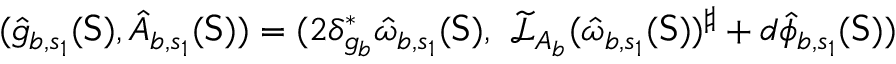
( \hat { g } _ { b , s _ { 1 } } ( \mathsf { S } ) , \hat { A } _ { b , s _ { 1 } } ( \mathsf { S } ) ) = ( 2 \delta _ { g _ { b } } ^ { * } \hat { \omega } _ { b , s _ { 1 } } ( \mathsf { S } ) , \ \widetilde { \mathcal { L } } _ { A _ { b } } ( \hat { \omega } _ { b , s _ { 1 } } ( \mathsf { S } ) ) ^ { \sharp } + d \hat { \phi } _ { b , s _ { 1 } } ( \mathsf { S } ) )